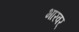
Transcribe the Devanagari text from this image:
भारवर्